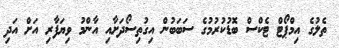
ތެލުގެ އިމްޕޯޓް ޓެކްސް ބޮޑުކުރުމުގެ ސަބަބުން އިގުތިސޯދަށާއި އާންމު ވިޔަފާރި އަށް އަދި